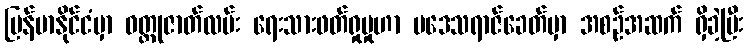
မြန်မာနိုင်ငံမှာ ဝတ္ထုဇာတ်လမ်း ရေးသားဖတ်ရှုမှုဟာ ပဒေသရာဇ်ခေတ်မှာ အစဉ်အဆက် ရှိခဲ့ပြီး